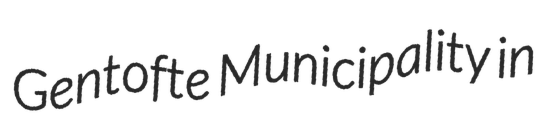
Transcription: Gentofte Municipality in